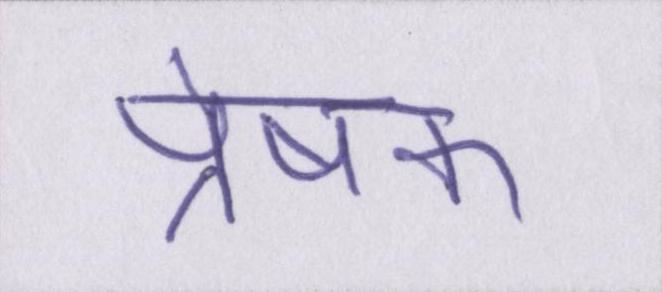
प्रेषक